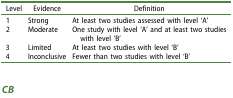
| Level | Evidence | Definition |
 | --- | --- | --- |
 | 1 | Strong | At least two studies assessed with level ‘A’ |
 | 2 | Moderate | One study with level ‘A’ and at least two studies with level ‘B’ |
 | 3 | Limited | At least two studies with level ‘B’ |
 | 4 | Inconclusive | Fewer than two studies with level ‘B’ |